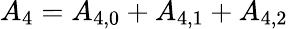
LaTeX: {A_{4}}={A_{4,0}}+{A_{4,1}}+{A_{4,2}}